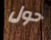
حول